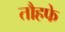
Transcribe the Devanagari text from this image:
तौहफे